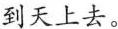
到天上去。